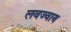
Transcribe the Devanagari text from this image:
लवज्वाय